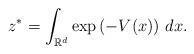
LaTeX: \begin{align*} {z}^{*} = \int_{\mathbb{R}^{d}} \exp \left( - V(x) \right) \, dx.\end{align*}